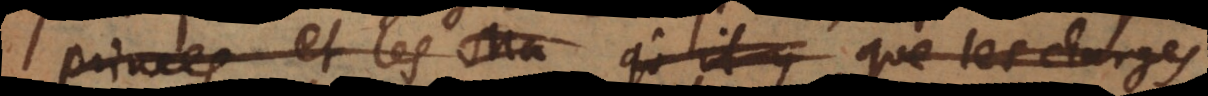
princes et les Ma qu’il y que les charges